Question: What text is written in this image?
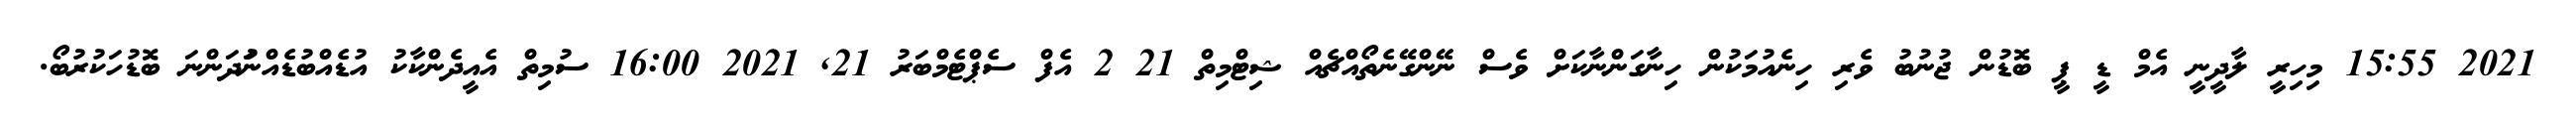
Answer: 2021 15:55 މިހިރީ ލާދީނީ އެމް ޑީ ޕީ ބޮޑުން ޖުނުބު ވެރި ހިނެއުމަކުން ހިނާގަންނާކަށް ވެސް ނޭންގޭނެތޯއްޗެއް ޝިޓްމިތް 21 2 އެފް ސެޕްޓެމްބަރު 21, 2021 16:00 ސުމިތް އެއީދެންކާކު އުޑެއްބުޑެއްނުަދަންނަ ބޮޑުހަކުރުބޯ.